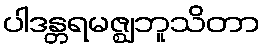
ပါဒန္တရမဇ္ဈဘူသိတာ